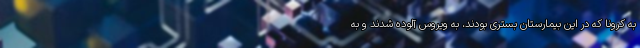
به کرونا که در این بیمارستان بستری بودند، به ویروس آلوده شدند و به